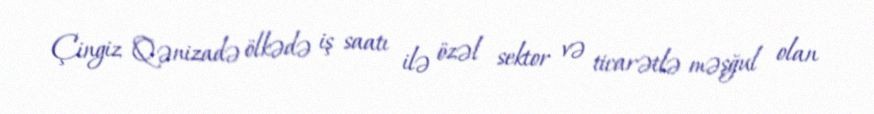
Çingiz Qənizadə ölkədə iş saatı ilə özəl sektor və ticarətlə məşğul olan